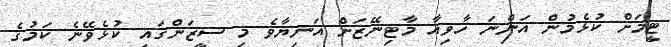
ޓީމަށް ކުޅެމުން އަންނަ ހާވިއާ މާޓިނޭޒަށް އަނިޔާވެ މި ސީޒަންގައި ކުޅެވޭނެ ކަމުގެ